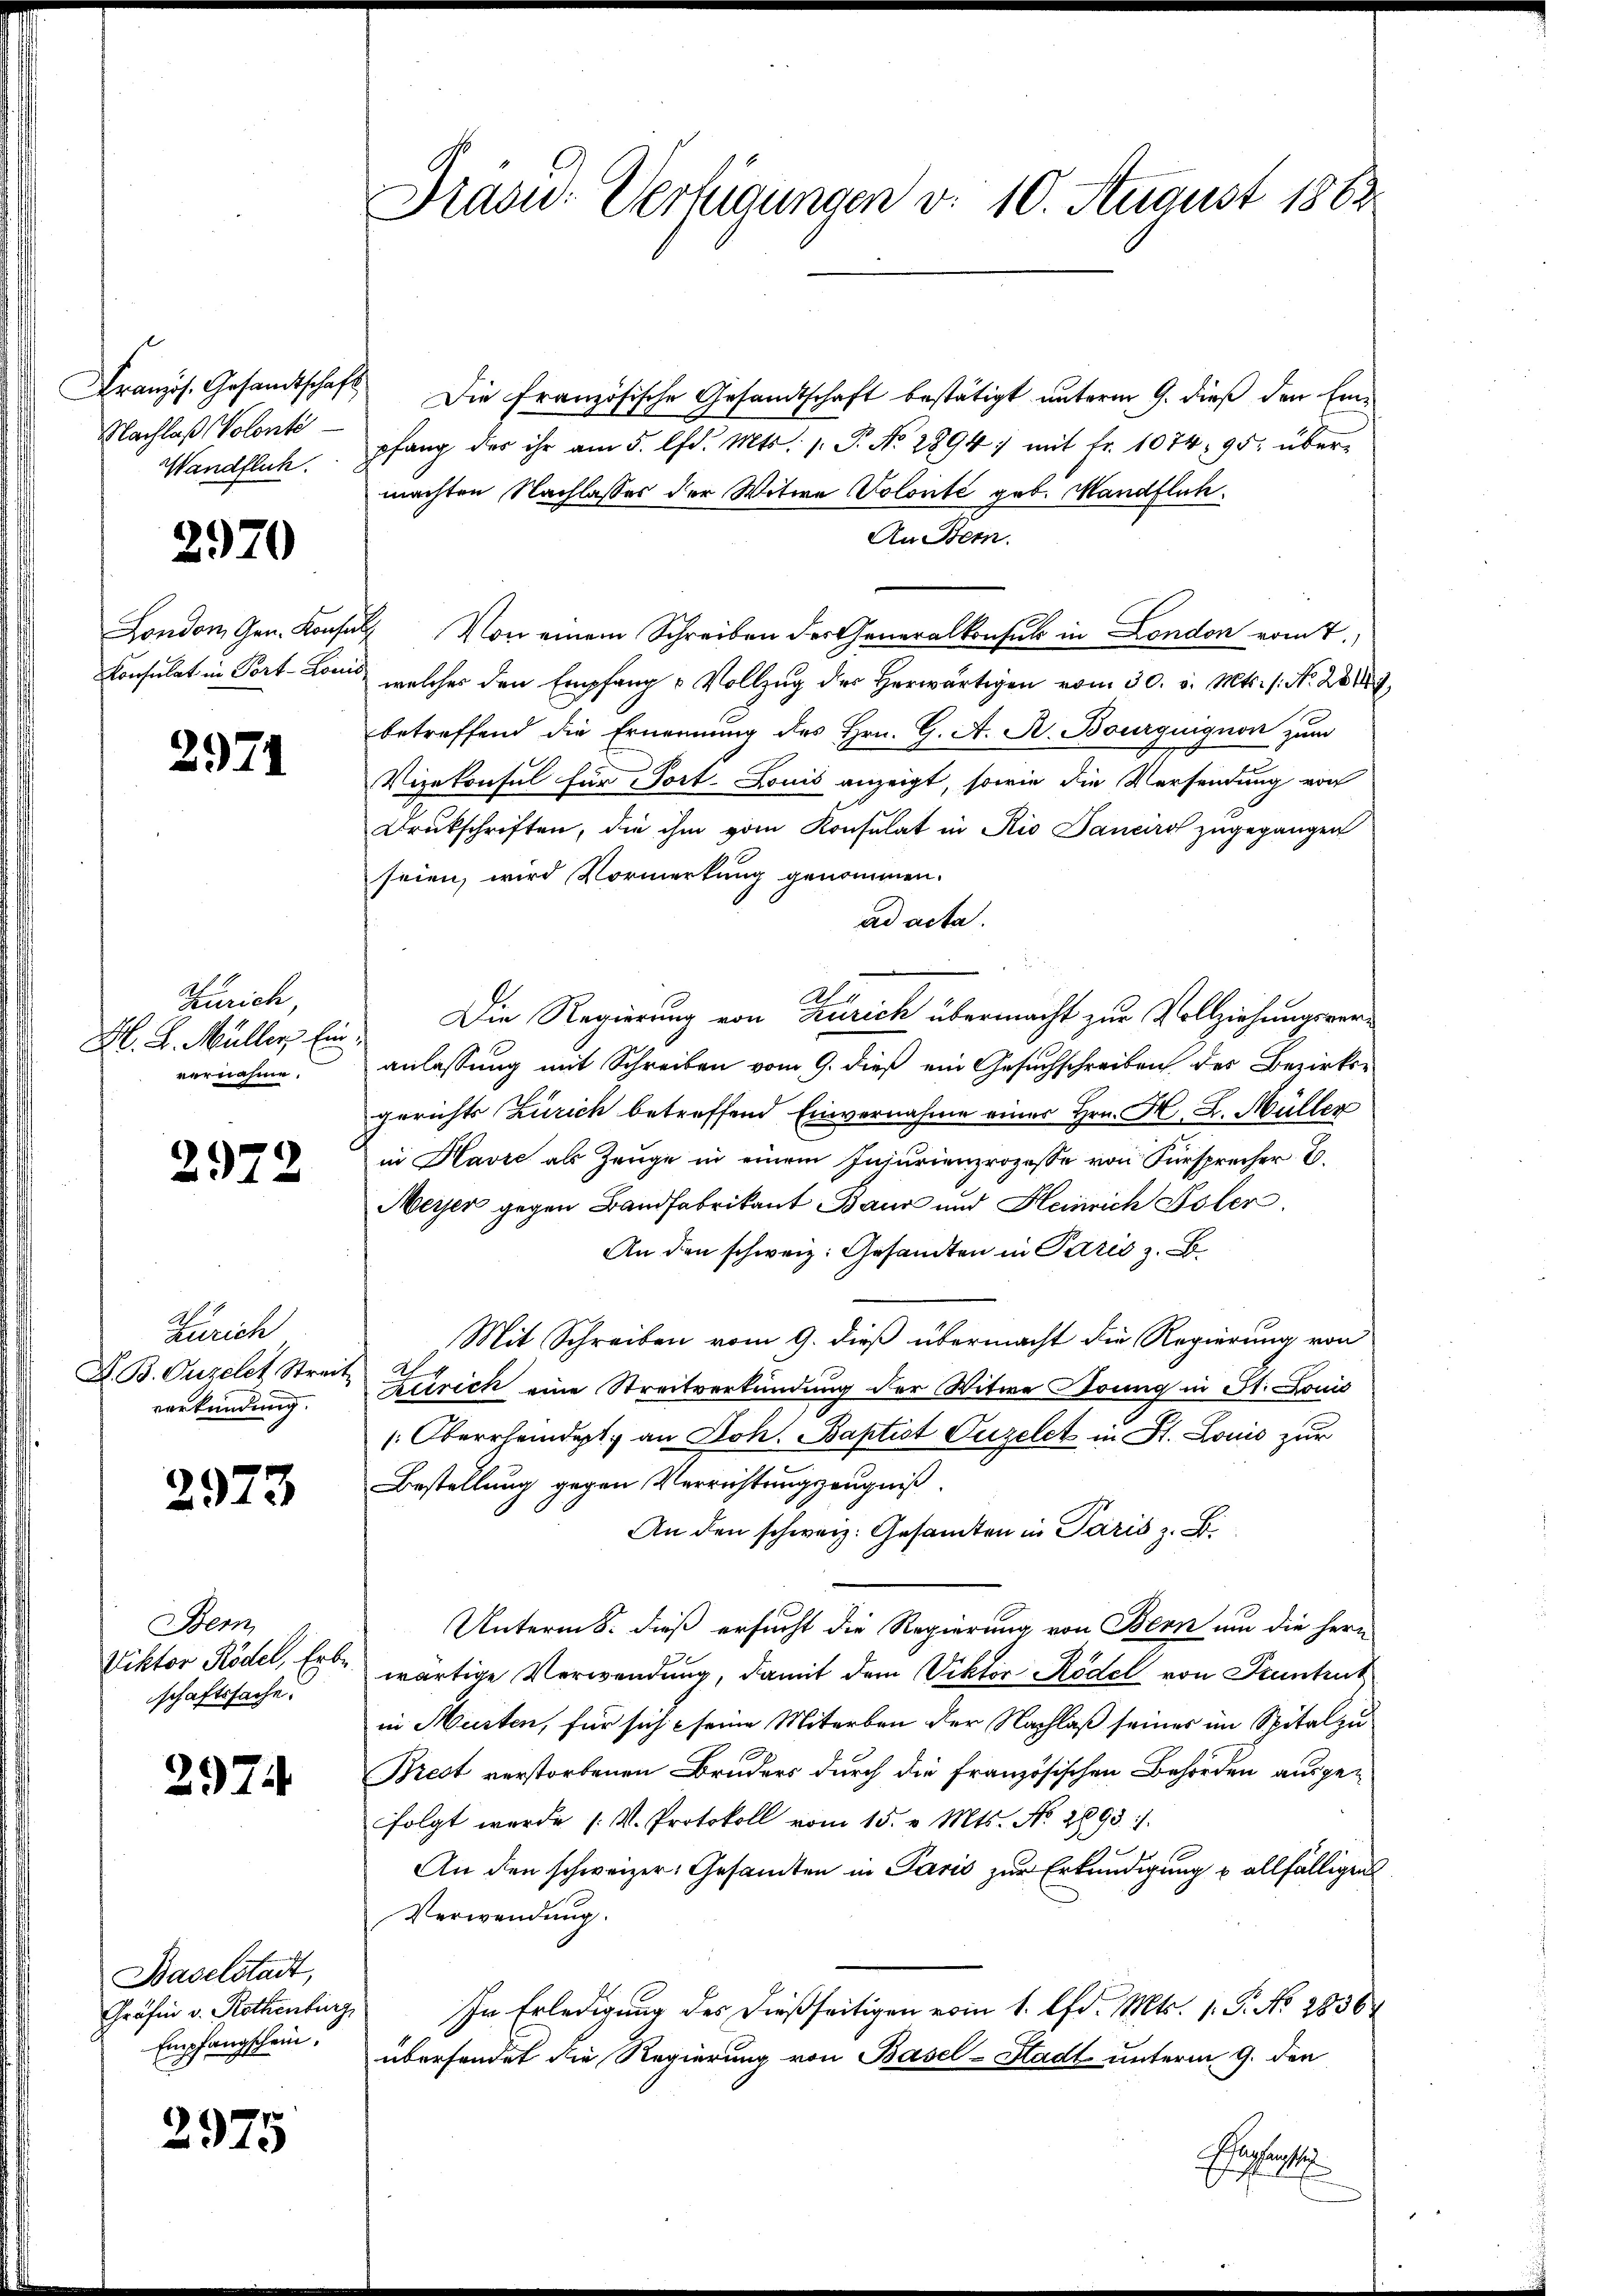
Französ. Gesandtschaft
Nachlaß (Volonté
Wandflich.

2970

London Gen. Konse
Consulat in Port-Loe

297

Zürich,
M. L. Müller Ein
vernahme.

2972

Zürich
D. B. Ouzelet Streit
verkündung.

2973

Bern,
Viktor Rödel, Erbe.
schaftssache.

2974

Baselstadt,
Gräfin v. Rothenburg,
Empfangschein.

2975

Präsid. Verfügungen v. 10. August 1883

Die französische Gesandtschaft bestätigt unterm 9. dieß den Einpfang der ihr am 5. d. Mts. 1. P. No 2894) mit fr. 1074, 95. über-
machten Nachlasses der Witwe Volonté geb. Mandflich.
An Bern.
2 Von einem Schreiben des Generalkonsul in London vom t.
welches den Empfang u Vollzug der herwärtigen vom 30. v. Mts. 1. No. 289
betreffend die Ernennung des Hrn. G. A. A. Bourgignon zum
Vizekonsul für Port. Louis anzeigt, sowie die Versendung von
Drukschriften, die ihm vom Konsulat in Rio Janeiro zugegangen
seien, wird Vormerkung genommen.
ad acta.
A
Die Regierung von Zürich übermacht zur Vollziehungsveranlassung mit Schreiben vom 9. dieß ein Gesuchschreiben des Bezirksgerichts Zürich betreffend Einvernahme einer Hrn. F. L. Müller
in Havre als Zeuge in einem Injurienprozesse von Fürsprecher E.
Meyer gegen Bandfabrikant Baur und Heinrich Isler.
An den schweiz. Gesandten in Paris z. B.
Mit Schreiben vom 9. dieß übermacht die Regierung von
Ah
Zürich eine Streitverkündung der Witwe Doung in St. Louis
[Oberrheidept, an Joh. Baptist Füzelet in St. Louis zur
Bestellung gegen Verrichtungszeugniß.
An den schweiz. Gesamten in Paris z. B.
Unterm 8. dieß ersucht die Regierung von Bern um die hern
wärtige Verwendung, damit dem Viktor Rödel von Pruntrut
in Musten, für sich seine Miterben der Nachlaß seines im Spital zu
Brest verstorbenen Bruders durch die französischen Behörden ausge-
folgt werde (V. Protokoll vom 15. v. Mts. No. 2893.
An den schweizer, Gesandten in Paris zur Erkundigung u allfälligen
Verwendung.
In Erledigung des dießseitigen vom 1. d. Mts. 1. P. No 28364
übersendet die Regierung von Basel-Stadt unterm 9. den
Echalenti